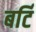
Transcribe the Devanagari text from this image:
बर्टि